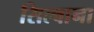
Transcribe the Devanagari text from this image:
सिल्वाना